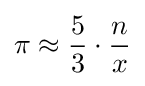
\pi \approx {\frac {5}{3}}\cdot {\frac {n}{x}}